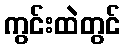
ကွင်းထဲတွင်